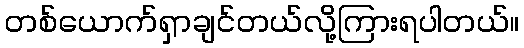
တစ်ယောက်ရှာချင်တယ်လို့ကြားရပါတယ်။